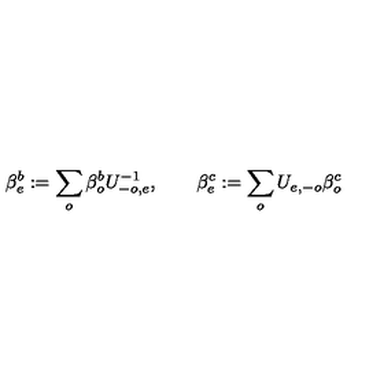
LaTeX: \beta _ { e } ^ { b } : = \sum _ { o } \beta _ { o } ^ { b } U _ { - o , e } ^ { - 1 } , \qquad \beta _ { e } ^ { c } : = \sum _ { o } U _ { e , - o } \beta _ { o } ^ { c } \,